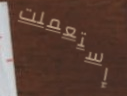
إستعملت